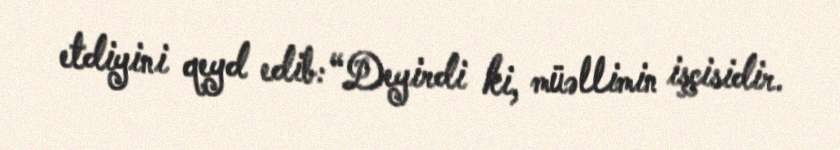
etdiyini qeyd edib: “Deyirdi ki, müəllimin işçisidir.